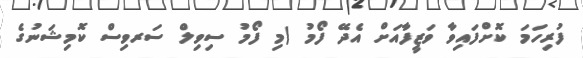
ފުރިހަމަ ކޮށްފައިވާ ވަޒީފާއަށް އެދޭ ފޯމު (މި ފޯމު ސިވިލް ސަރވިސް ކޮމިޝަނުގެ